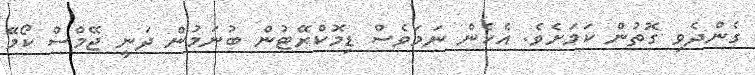
ގެންދެވި ގޮތުން ކަމަށެވެ. އެހެން ނަމަވެސް ޑިމޮކްރޭޓުން ބުނަމުން ދަނީ ޖޭމްސް ކޯމޭ